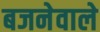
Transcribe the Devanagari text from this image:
बजनेवाले